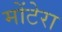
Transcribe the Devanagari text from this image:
मोंटेरा